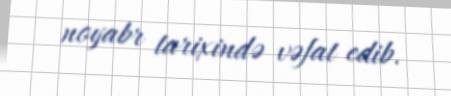
noyabr tarixində vəfat edib.